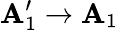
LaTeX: \mathbf{A}_{1}^{\prime}\rightarrow\mathbf{A}_{1}